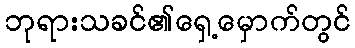
ဘုရားသခင်၏ရှေ့မှောက်တွင်